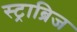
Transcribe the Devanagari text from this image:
स्ट्राब्रिज